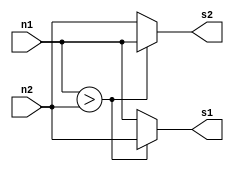
module A(n1, n2, s1, s2);

	input [7:0] n1;
	input [7:0] n2;
	output [7:0] s1;
	output [7:0] s2;

	reg [7:0] s1;
	reg [7:0] s2;

	always @* 
		begin
			if (n1>n2)
				begin
					s1 = n2;
					s2 = n1;
				end
			else
				begin
					s1 = n1;
					s2 = n2;
				end
		end

endmodule